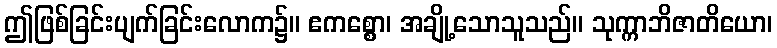
ဤဖြစ်ခြင်းပျက်ခြင်းလောက၌။ ဧကစ္စော၊ အချို့သောသူသည်။ သုက္ကာဘိဇာတိယော၊